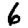
Digit: 6